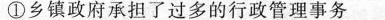
①乡镇政府承担了过多的行政管理事务